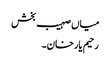
میاں صہیب بخش
رحیم یار خان۔